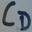
Text: CD